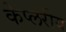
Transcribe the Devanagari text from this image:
केप्लरीय